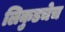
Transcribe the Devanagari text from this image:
लिकुडचेच